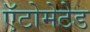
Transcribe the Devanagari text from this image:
ऍटोमेटेड